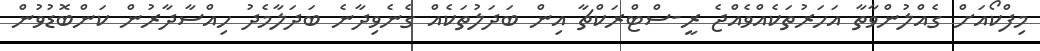
މިފްކޯއަށް ގެއްލުންވާތާ އަހަރުތަކެއްވެއްޖެ ރީ-ސްޓްރަކްޗާ އިން ބަދަލުތަކެއް ގެނެވިދާނެ ބަދަލާމެދު ހިއްސާދާރުން ކަންބޮޑުވުން